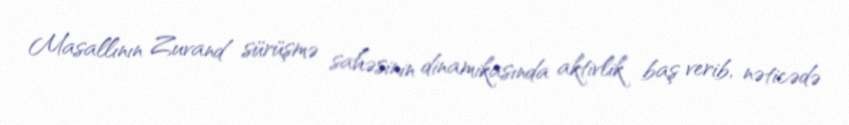
Masallının Zuvand sürüşmə sahəsinin dinamikasında aktivlik baş verib, nəticədə